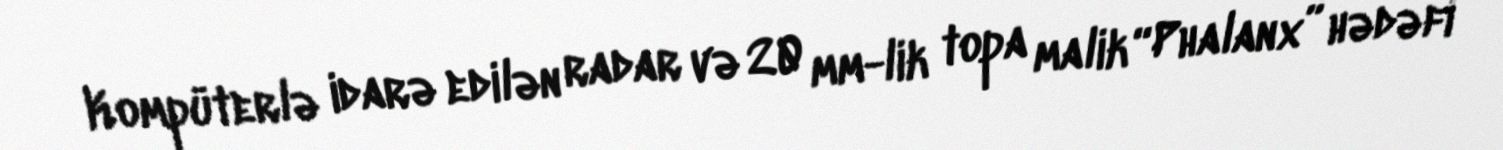
Kompüterlə idarə edilən radar və 20 mm-lik topa malik “Phalanx” hədəfi